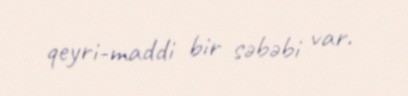
qeyri-maddi bir səbəbi var.